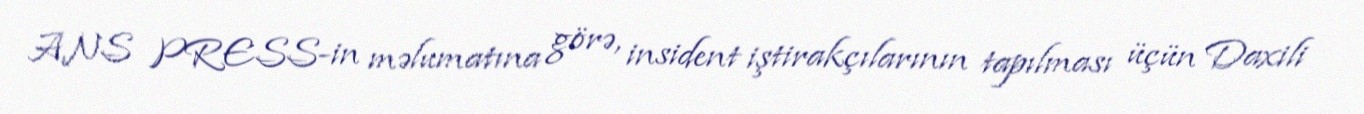
ANS PRESS-in məlumatına görə, insident iştirakçılarının tapılması üçün Daxili